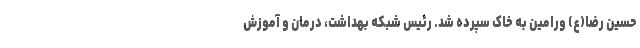
حسین رضا(ع) ورامین به خاک سپرده شد. رئیس شبکه بهداشت، درمان و آموزش